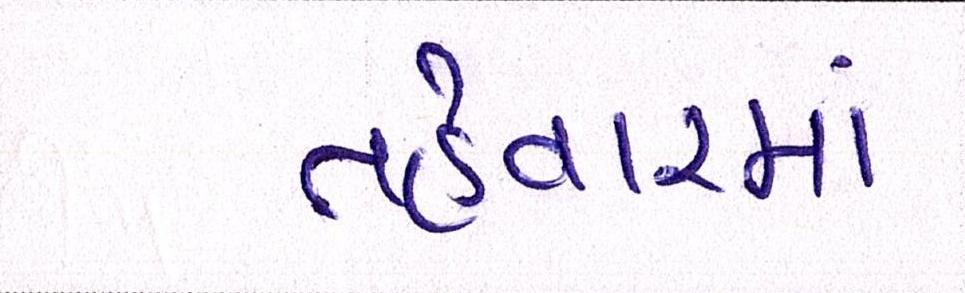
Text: તહેવારમાં